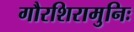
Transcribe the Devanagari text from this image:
गौरशिरामुनिः